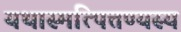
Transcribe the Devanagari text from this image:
यथास्मत्पित्तण्यस्य